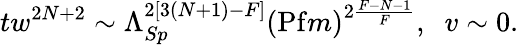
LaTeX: tw^{2N+2}\sim\Lambda_{Sp}^{2[3(N+1)-F]}\left(\mathrm{Pf}m\right)^{2\frac{F-N-1}{F}},\; \; v\sim 0.